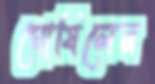
ঘোষিলেন